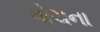
વોચના